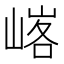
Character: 𪩄